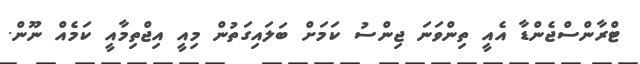
ޓްރާންސްޖެންޑާ އެއީ ތިންވަނަ ޖިންސު ކަމަށް ބަލައިގަތުން މިއީ އިޖްތިމާއީ ކަމެއް ނޫން.